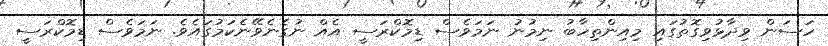
ހަސަން ވިދާޅުވިގޮތުގައި މިއިންތިހާބު ނިމުނު ނަމަވެސް ޑިމޮކްރަސީ އެއް ނުގެނެވޭނެކަމުގައެވެ. ނަމަވެސް ޑިމޮކްރަސީ